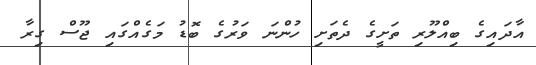
އާދައިގެ ބިއްލޫރި ތަށީގެ ދެތަށި ހުންނަ ވަރުގެ ބޮޑު މަގެއްގައި ޖޫސް ގިރާ